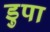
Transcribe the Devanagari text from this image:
डुपा